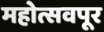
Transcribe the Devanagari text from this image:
महोत्सवपूर